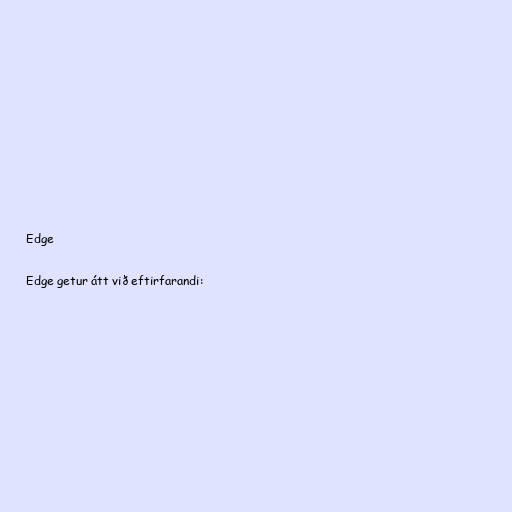
Edge

Edge getur átt við eftirfarandi: